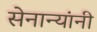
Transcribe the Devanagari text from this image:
सेनान्यांनी